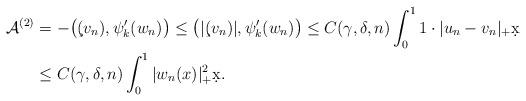
LaTeX: \begin{align*}\mathcal{A}^{(2)} &= -\big(\c(v_n),\psi_k'(w_n)\big) \leq \big(|\c(v_n)|,\psi_k'(w_n)\big) \leq C(\gamma,\delta,n)\int_{0}^{1}1\cdot|u_n-v_n|_+\d x \\& \leq C(\gamma,\delta,n)\int_{0}^{1}|w_n(x)|_+^2\d x.\end{align*}